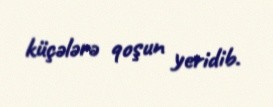
küçələrə qoşun yeridib.